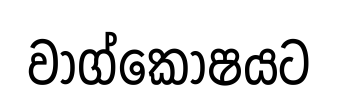
වාග්කෝෂයට